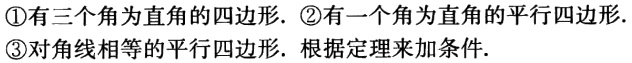
\textcircled{1}有三个角为直角的四边形. \textcircled{2}有一个角为直角的平行四边形.
\textcircled{3}对角线相等的平行四边形. 根据定理来加条件.